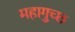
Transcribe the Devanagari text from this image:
महागुच्छ